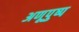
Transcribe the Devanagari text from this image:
अणूपुष्प